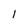
Character: 1